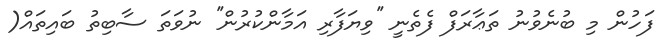
ފަހުން މި ބުނެވުނު ތަޢާރަފް ފެތެނީ ''ވިޔަފާރި އަމާންކުރުން'' ނުވަތަ ސާބިތު ބައިތައް(